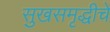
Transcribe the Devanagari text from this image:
सुखसमृद्धीचे